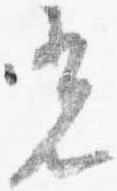
光